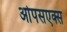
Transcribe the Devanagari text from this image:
ओपसएक्स